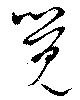
覺